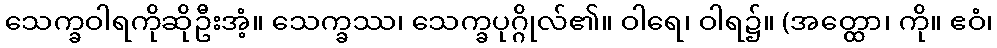
သေက္ခဝါရကိုဆိုဦးအံ့။ သေက္ခဿ၊ သေက္ခပုဂ္ဂိုလ်၏။ ဝါရေ၊ ဝါရ၌။ (အတ္ထော၊ ကို။ ဧဝံ၊